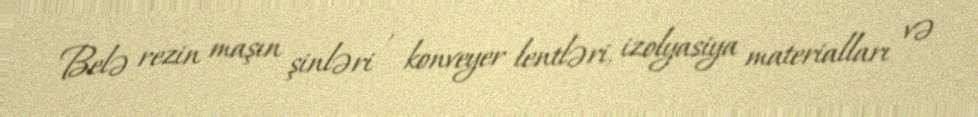
Belə rezin maşın şinləri , konveyer lentləri, izolyasiya materialları və